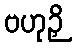
ဗဟုဉှိ